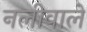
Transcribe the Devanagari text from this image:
नलीवाले